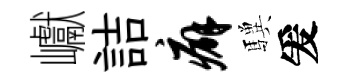
巘詰癖驥爰